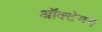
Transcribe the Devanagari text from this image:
ऑक्टेगन